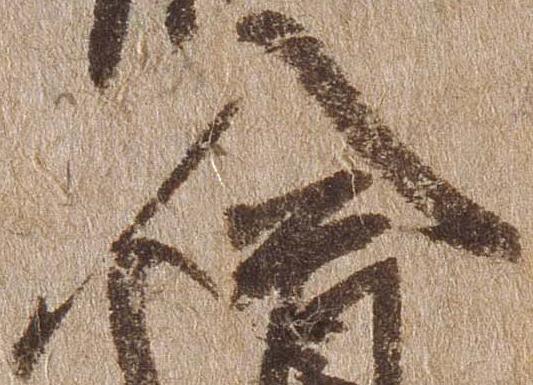
入